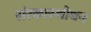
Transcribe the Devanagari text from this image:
संस्कारशोधन